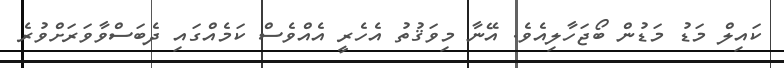
ކައިލް މަޑު މަޑުން ބޯޖަހާލިއެވެ. އޭނާ މިވަޤުތު އެހެރީ އެއްވެސް ކަމެއްގައި ދެބަސްވާވަރަށްވުރެ